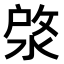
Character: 𣷙